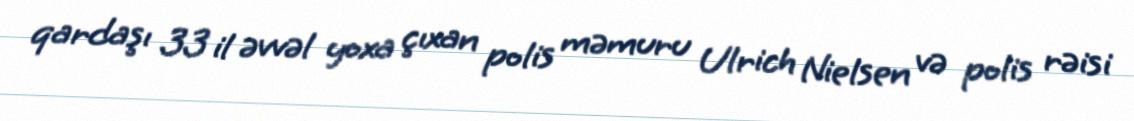
qardaşı 33 il əvvəl yoxa çıxan polis məmuru Ulrich Nielsen və polis rəisi